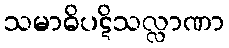
သမာဓိပဋိသလ္လာဏာ